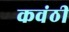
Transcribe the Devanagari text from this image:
कवंठी